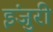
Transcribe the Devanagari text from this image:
इंजुरी